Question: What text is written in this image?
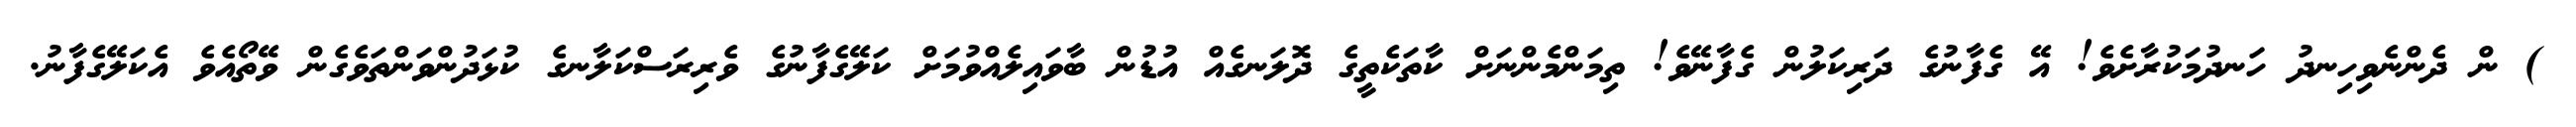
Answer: ) ން ދެންނެވިހިނދު ހަނދުމަކުރާށެވެ! އޭ ގެފާނުގެ ދަރިކަލުން ގެފާނޭވެ! ތިމަންމެންނަށް ކާތަކެތީގެ ދޮލަނގެއް އުޑުން ބާވައިލެއްވުމަށް ކަލޭގެފާނުގެ ވެރިރަސްކަލާނގެ ކުޅަދުންވަންތަވެގެން ވޭތޯއެވެ އެކަލޭގެފާނު.